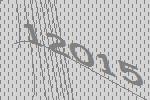
12015